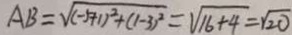
A B = \sqrt { ( - 5 + 1 ) ^ { 2 } + ( 1 - 3 ) ^ { 2 } } = \sqrt { 1 6 + 4 } = \sqrt { 2 0 }